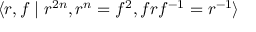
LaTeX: \langle r , f \mid r ^ { 2 n } , r ^ { n } = f ^ { 2 } , f r f ^ { - 1 } = r ^ { - 1 } \rangle